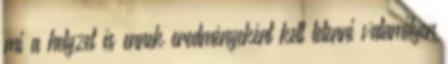
mi a helyzet és ennek eredményeként kell letenni valamilyen